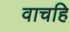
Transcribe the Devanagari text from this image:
वाचहि